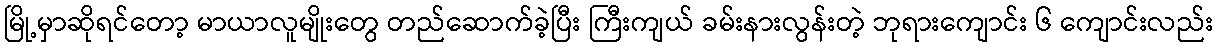
မြို့မှာဆိုရင်တော့ မာယာလူမျိုးတွေ တည်ဆောက်ခဲ့ပြီး ကြီးကျယ် ခမ်းနားလွန်းတဲ့ ဘုရားကျောင်း ၆ ကျောင်းလည်း